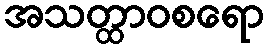
အသတ္ထာဝစရော